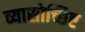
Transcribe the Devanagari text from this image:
व्यासोच्छिष्ट